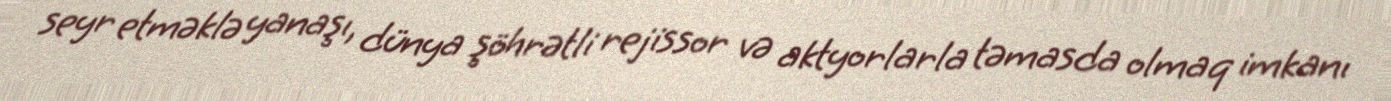
seyr etməklə yanaşı, dünya şöhrətli rejissor və aktyorlarla təmasda olmaq imkanı